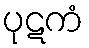
ပုဋကံ